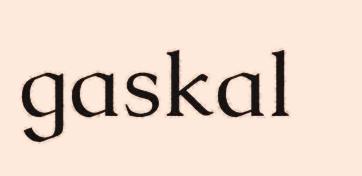
gaskal